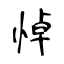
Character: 悼